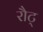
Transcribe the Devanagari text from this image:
रौट्